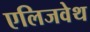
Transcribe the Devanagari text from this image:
एलिजवेथ